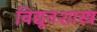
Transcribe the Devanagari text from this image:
विद्यूतशास्त्र